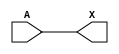
module sky130_fd_sc_lp__clkbuf_6 (
    X,
    A
);
    output X;
    input  A;
    wire buf0_out_X;
    buf buf0 (buf0_out_X, A              );
    buf buf1 (X         , buf0_out_X     );
endmodule